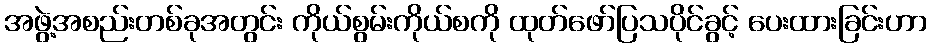
အဖွဲ့အစည်းတစ်ခုအတွင်း ကိုယ်စွမ်းကိုယ်စကို ထုတ်ဖော်ပြသပိုင်ခွင့် ပေးထားခြင်းဟာ